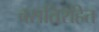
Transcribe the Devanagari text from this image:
वसतिरहित